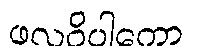
ဖလဝိပါကော